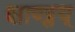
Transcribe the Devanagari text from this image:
शाण्ड्लय्